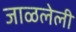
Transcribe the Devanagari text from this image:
जाळलेली